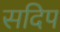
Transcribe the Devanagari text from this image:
सदिप